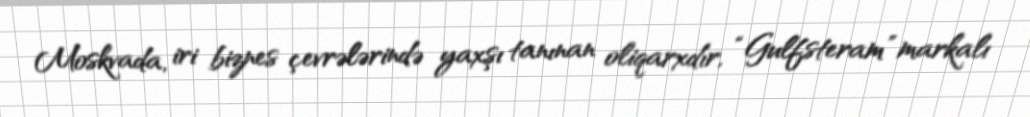
Moskvada, iri biznes çevrələrində yaxşı tanınan oliqarxdır, “Gulfsteram” markalı